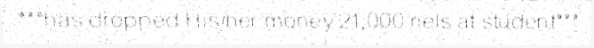
"""has dropped His/her money 21,000 riels at student"""